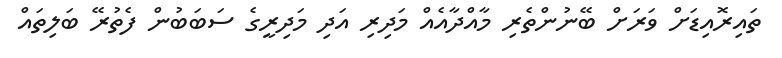
ތައިރޮއިޑަށް ވަރަށް ބޭނުންތެރި މާއްދާއެއް މަދިރި އަދި މަދިރީގެ ސަބަބުން ފެތުރޭ ބަލިތައް